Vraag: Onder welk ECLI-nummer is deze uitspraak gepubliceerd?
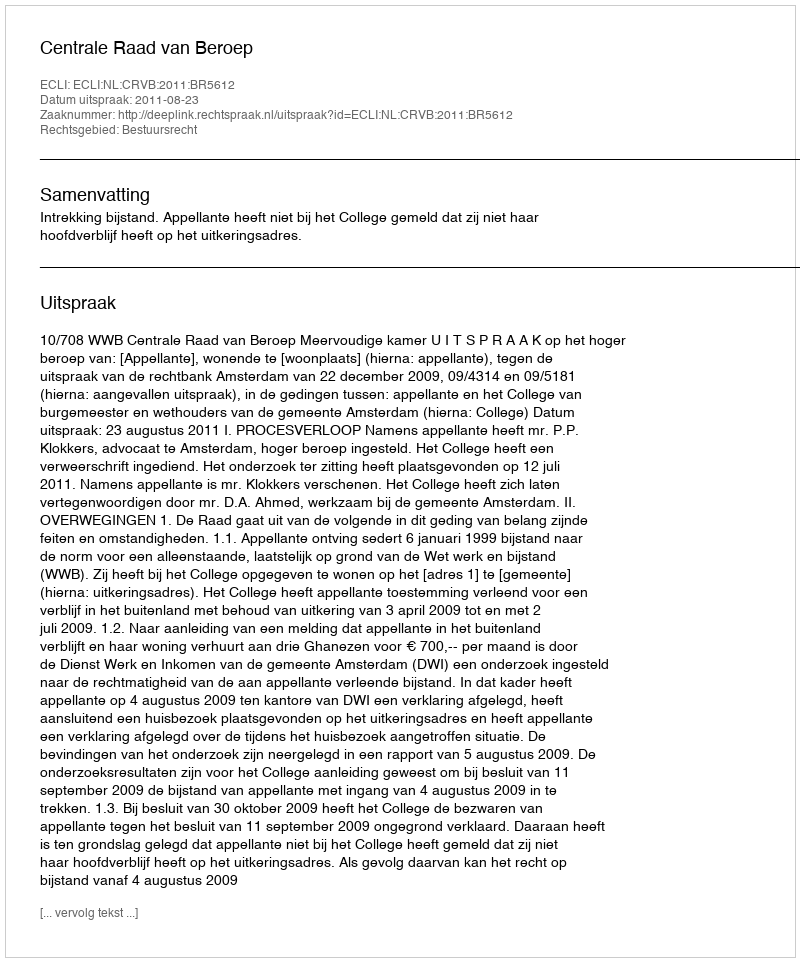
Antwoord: ECLI:NL:CRVB:2011:BR5612